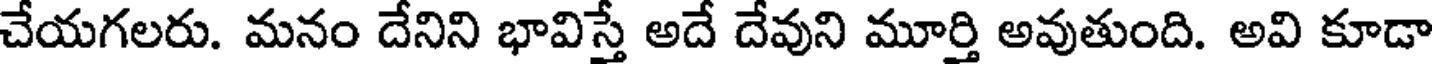
చేయగలరు. మనం దేనిని భావిస్తే అదే దేవుని మూర్తి అవుతుంది. అవి కూడా